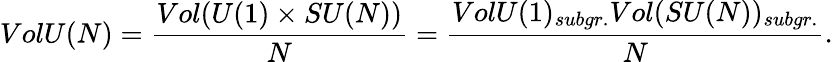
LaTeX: VolU(N)=\frac{Vol(U(1)\times SU(N))}{N}=\frac{VolU(1)_{subgr.}Vol(SU(N))_{subgr.}}{N}.